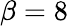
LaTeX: \beta=8